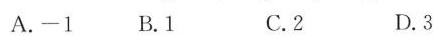
A.-1 B.1 C.2 D.3